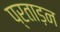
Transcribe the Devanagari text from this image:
प्रताड़न